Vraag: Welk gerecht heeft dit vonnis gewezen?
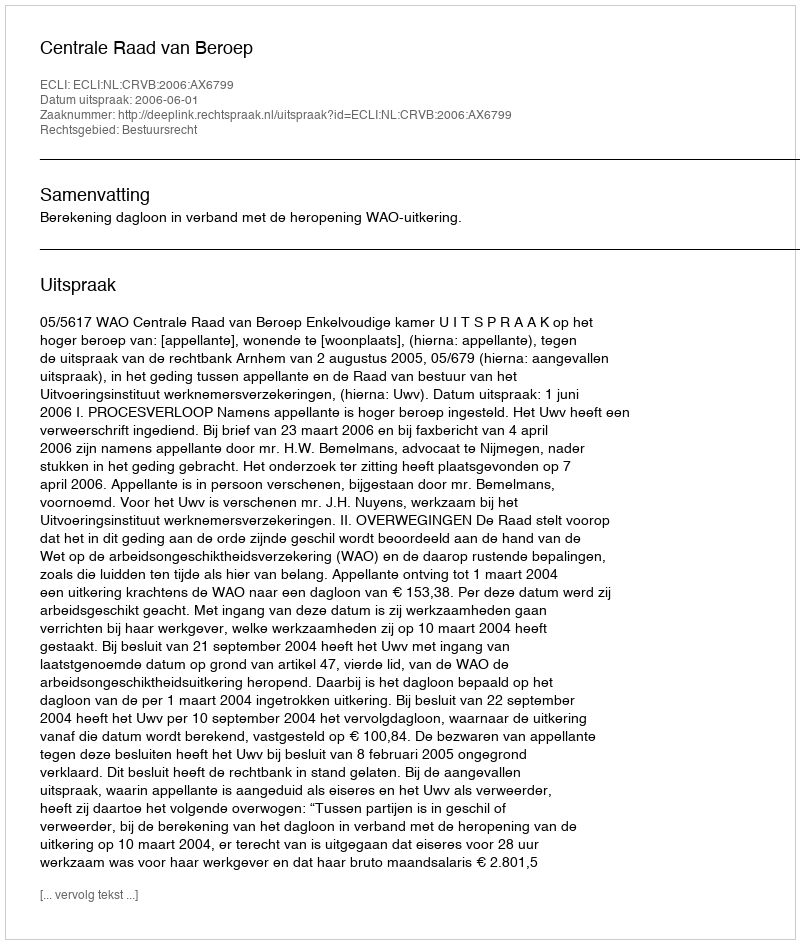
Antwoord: Centrale Raad van Beroep